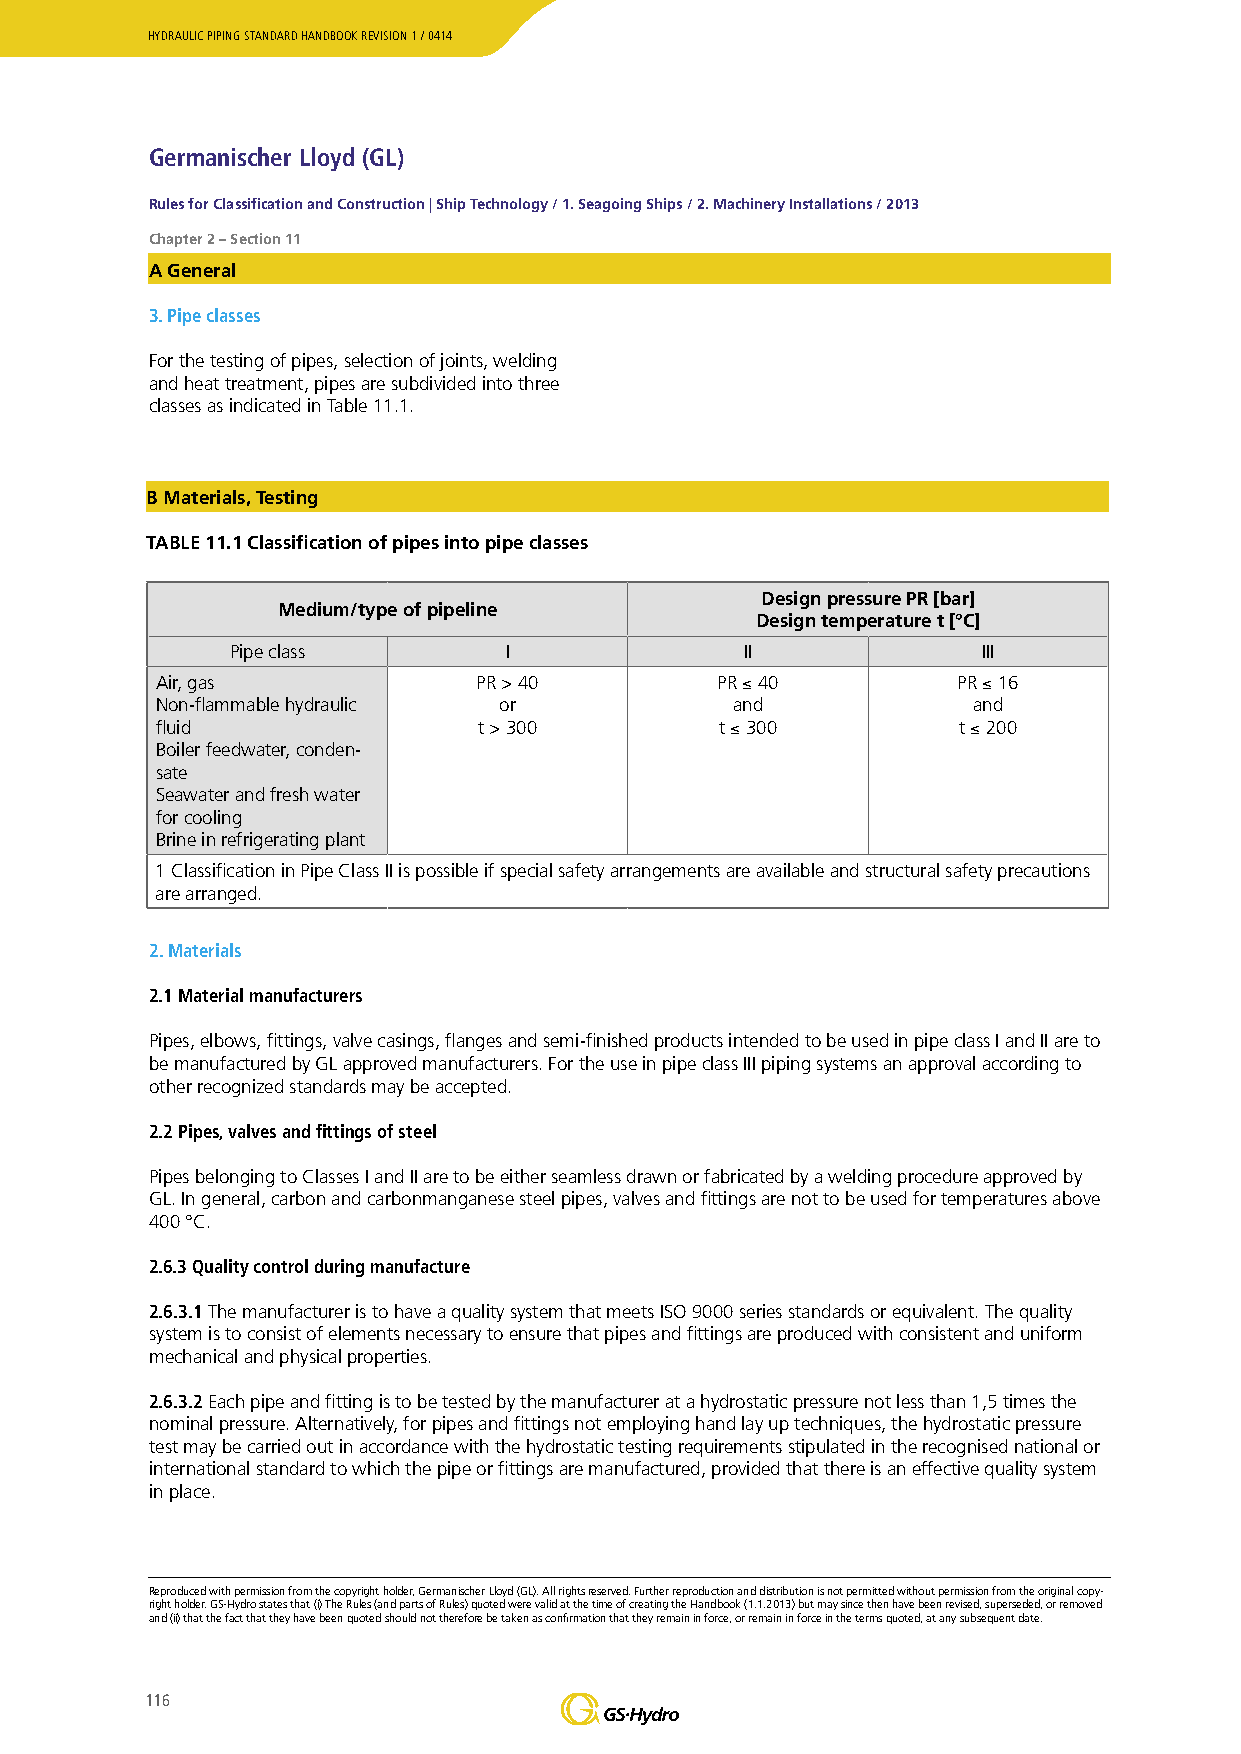
HYDRAULIC PIPING STANDARD HANDBOOK REVISION 1 / 0414
 Germanischer Lloyd (GL)
 Rules for Classification and Construction | Ship Technology / 1. Seagoing Ships / 2. Machinery Installations / 2013
 Chapter 2 – Section 11
 A General
 3. Pipe classes
 For the testing of pipes, selection of joints, welding
 and heat treatment, pipes are subdivided into three
 classes as indicated in Table 11.1.
 B Materials, Testing
 TABLE 11.1 Classification of pipes into pipe classes
 Design pressure PR [bar]
 Medium/type of pipeline
 Design temperature t [°C]
 Pipe class        I               II              III
 Air, gas              PR > 40        PR ≤ 40         PR ≤ 16
 Non-flammable hydraulic or            and             and
 fluid                 t > 300         t ≤ 300        t ≤ 200
 Boiler feedwater, conden-
 sate
 Seawater and fresh water
 for cooling
 Brine in refrigerating plant
 1 Classification in Pipe Class II is possible if special safety arrangements are available and structural safety precautions
 are arranged.
 2. Materials
 2.1 Material manufacturers
 Pipes, elbows, fittings, valve casings, flanges and semi-finished products intended to be used in pipe class I and II are to
 be manufactured by GL approved manufacturers. For the use in pipe class III piping systems an approval according to
 other recognized standards may be accepted.
 2.2 Pipes, valves and fittings of steel
 Pipes belonging to Classes I and II are to be either seamless drawn or fabricated by a welding procedure approved by
 GL. In general, carbon and carbonmanganese steel pipes, valves and fittings are not to be used for temperatures above
 400 °C.
 2.6.3 Quality control during manufacture
 2.6.3.1 The manufacturer is to have a quality system that meets ISO 9000 series standards or equivalent. The quality
 system is to consist of elements necessary to ensure that pipes and fittings are produced with consistent and uniform
 mechanical and physical properties.
 2.6.3.2 Each pipe and fitting is to be tested by the manufacturer at a hydrostatic pressure not less than 1,5 times the
 nominal pressure. Alternatively, for pipes and fittings not employing hand lay up techniques, the hydrostatic pressure
 test may be carried out in accordance with the hydrostatic testing requirements stipulated in the recognised national or
 international standard to which the pipe or fittings are manufactured, provided that there is an effective quality system
 in place.
 Reproduced with permission from the copyright holder, Germanischer Lloyd (GL). All rights reserved. Further reproduction and distribution is not permitted without permission from the original copy-
 right holder. GS-Hydro states that (i) The Rules (and parts of Rules) quoted were valid at the time of creating the Handbook (1.1.2013) but may since then have been revised, superseded, or removed
 and (ii) that the fact that they have been quoted should not therefore be taken as confirmation that they remain in force, or remain in force in the terms quoted, at any subsequent date.
 116